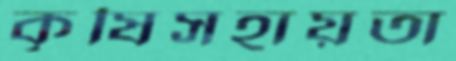
কৃষিসহায়তা